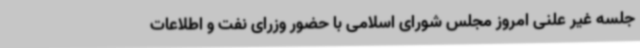
جلسه غیر علنی امروز مجلس شورای اسلامی با حضور وزرای نفت و اطلاعات